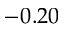
- 0 . 2 0